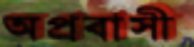
অপ্রবাসী